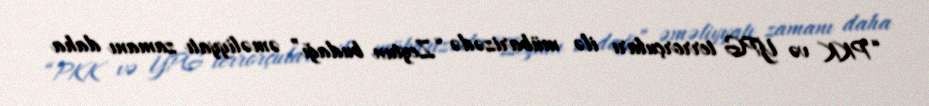
“PKK və YPG terrorçuları ilə mübarizədə “Zeytun budağı” əməliyyatı zamanı daha